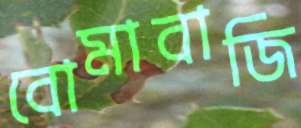
বোমাবাজি